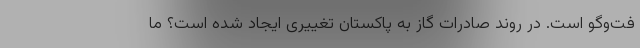
فت‌وگو است. در روند صادرات گاز به پاکستان تغییری ایجاد شده است؟ ما